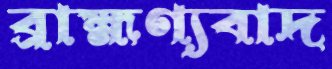
ব্রাহ্মণ্যবাদ